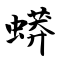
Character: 蟒